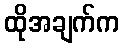
ထိုအချက်က